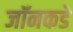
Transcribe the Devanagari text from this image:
जॉनकडे